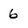
Character: 6